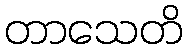
တာသေတိ